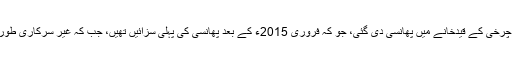
بتایا جاتا ہے کہ اِن چھ افراد کو آٹھ مئی کو کابل میں پلِ چرخی کے قیدخانے میں پھانسی دی گئی، جو کہ فروری 2015ء کے بعد پھانسی کی پہلی سزائیں تھیں، جب کہ غیر سرکاری طور پر حکومت پھانسی کی سزا کے خلاف بتائی جاتی ہے۔